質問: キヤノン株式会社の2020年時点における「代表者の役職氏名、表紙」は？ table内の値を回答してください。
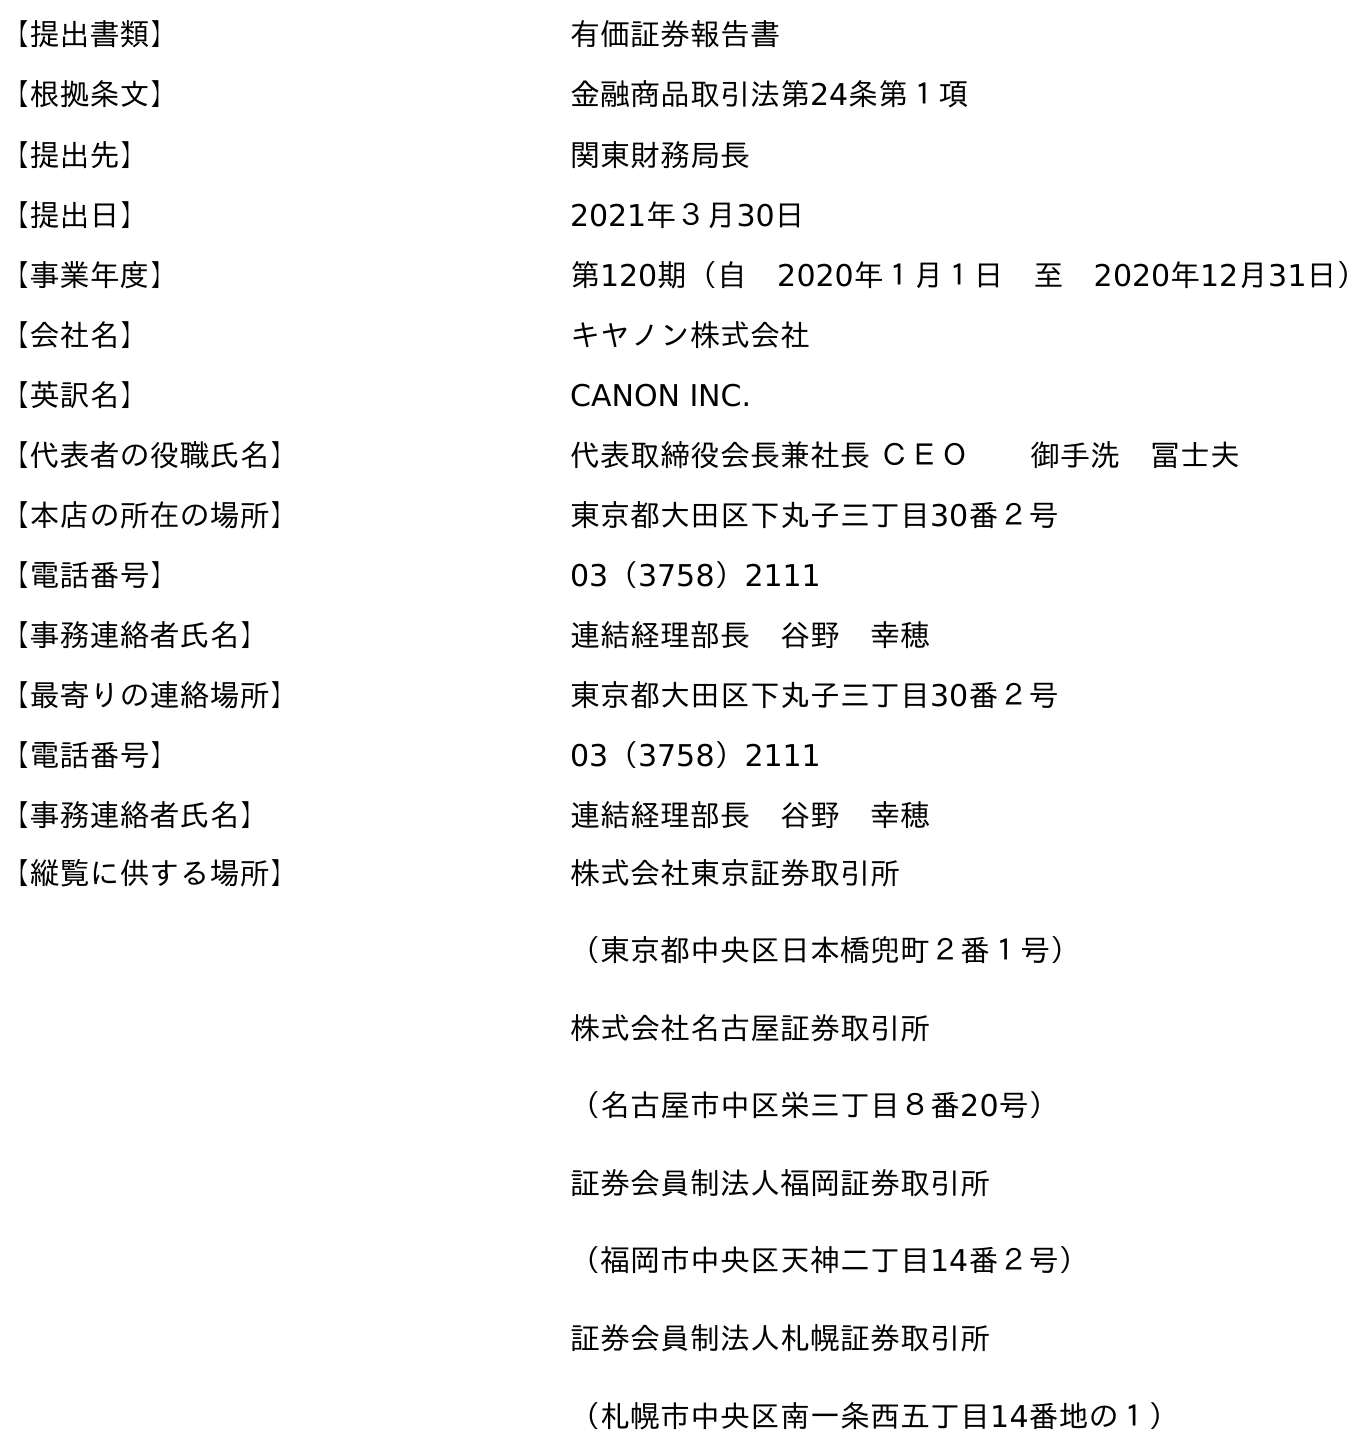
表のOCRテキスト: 【提出書類】 有価証券報告書 【根拠条文】 金融商品取引法第24条第１項 【提出先】 関東財務局長 【提出日】 2021年３月30日 【事業年度】 第120期（自 2020年１月１日 至 2020年12月31日） 【会社名】 キヤノン株式会社 【英訳名】 CANON INC. 【代表者の役職氏名】 代表取締役会長兼社長 ＣＥＯ  御手洗 冨士夫 【本店の所在の場所】 東京都大田区下丸子三丁目30番２号 【電話番号】 03（3758）2111 【事務連絡者氏名】 連結経理部長 谷野 幸穂 【最寄りの連絡場所】 東京都大田区下丸子三丁目30番２号 【電話番号】 03（3758）2111 【事務連絡者氏名】 連結経理部長 谷野 幸穂 【縦覧に供する場所】 株式会社東京証券取引所 （東京都中央区日本橋兜町２番１号） 株式会社名古屋証券取引所 （名古屋市中区栄三丁目８番20号） 証券会員制法人福岡証券取引所 （福岡市中央区天神二丁目14番２号） 証券会員制法人札幌証券取引所 （札幌市中央区南一条西五丁目14番地の１）
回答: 代表取締役会長兼社長 ＣＥＯ御手洗　冨士夫